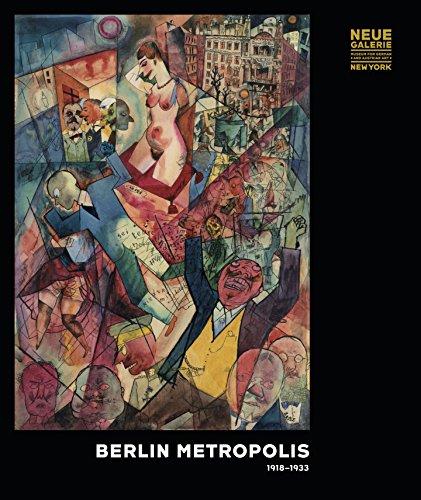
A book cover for Berlin Metropolis 1918-1933; Arts & Photography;